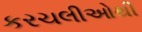
કરચલીઓથી